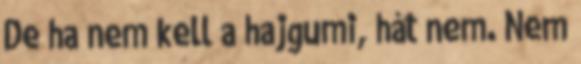
De ha nem kell a hajgumi, hát nem. Nem